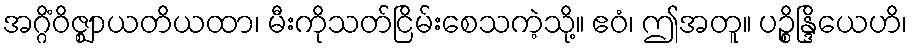
အဂ္ဂိံဝိဇ္ဈာယတိယထာ၊ မီးကိုသတ်ငြိမ်းစေသကဲ့သို့။ ဧဝံ၊ ဤအတူ။ ပဉ္စိန္ဒြိယေဟိ၊